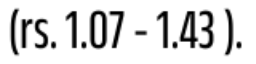
(rs. 1.07 - 1.43 ).